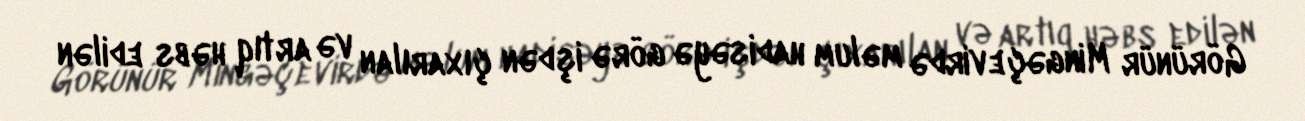
Görünür Mingəçevirdə məlum hadisəyə görə işdən çıxarılan və artıq həbs edilən